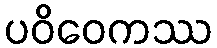
ပဝိဝေကဿ